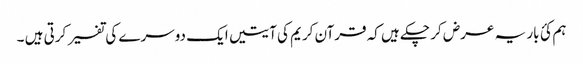
ہم کئ بار یہ عرض کر چکے ہیں کہ قرآن کریم کی آیتیں ایک دوسرے کی تفسیر کرتی ہیں ۔